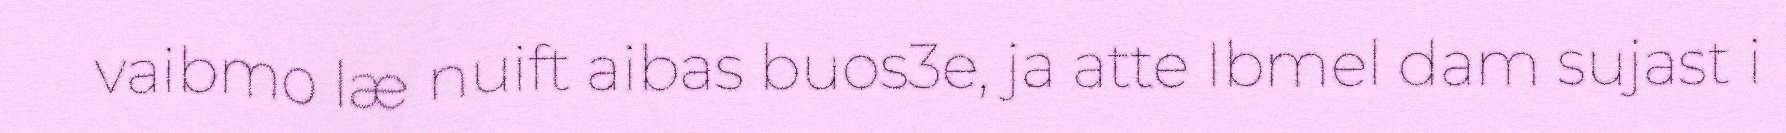
vaibmo læ nuift aibas buos3e, ja atte Ibmel dam sujast i